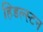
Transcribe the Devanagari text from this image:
हिडल्स्टन